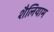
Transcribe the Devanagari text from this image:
शैलियाम